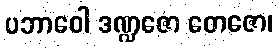
ပဘာဝေါ ဒဏ္ဍဇော တေဇော၊